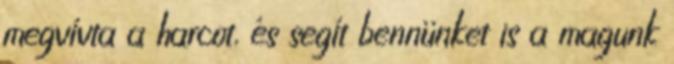
megvívta a harcot, és segít bennünket is a magunk